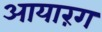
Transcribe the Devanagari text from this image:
आयारंग